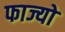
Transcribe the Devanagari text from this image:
फाज्यो